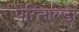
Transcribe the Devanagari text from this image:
पेरिनाल्डो